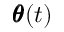
\pmb \theta ( t )